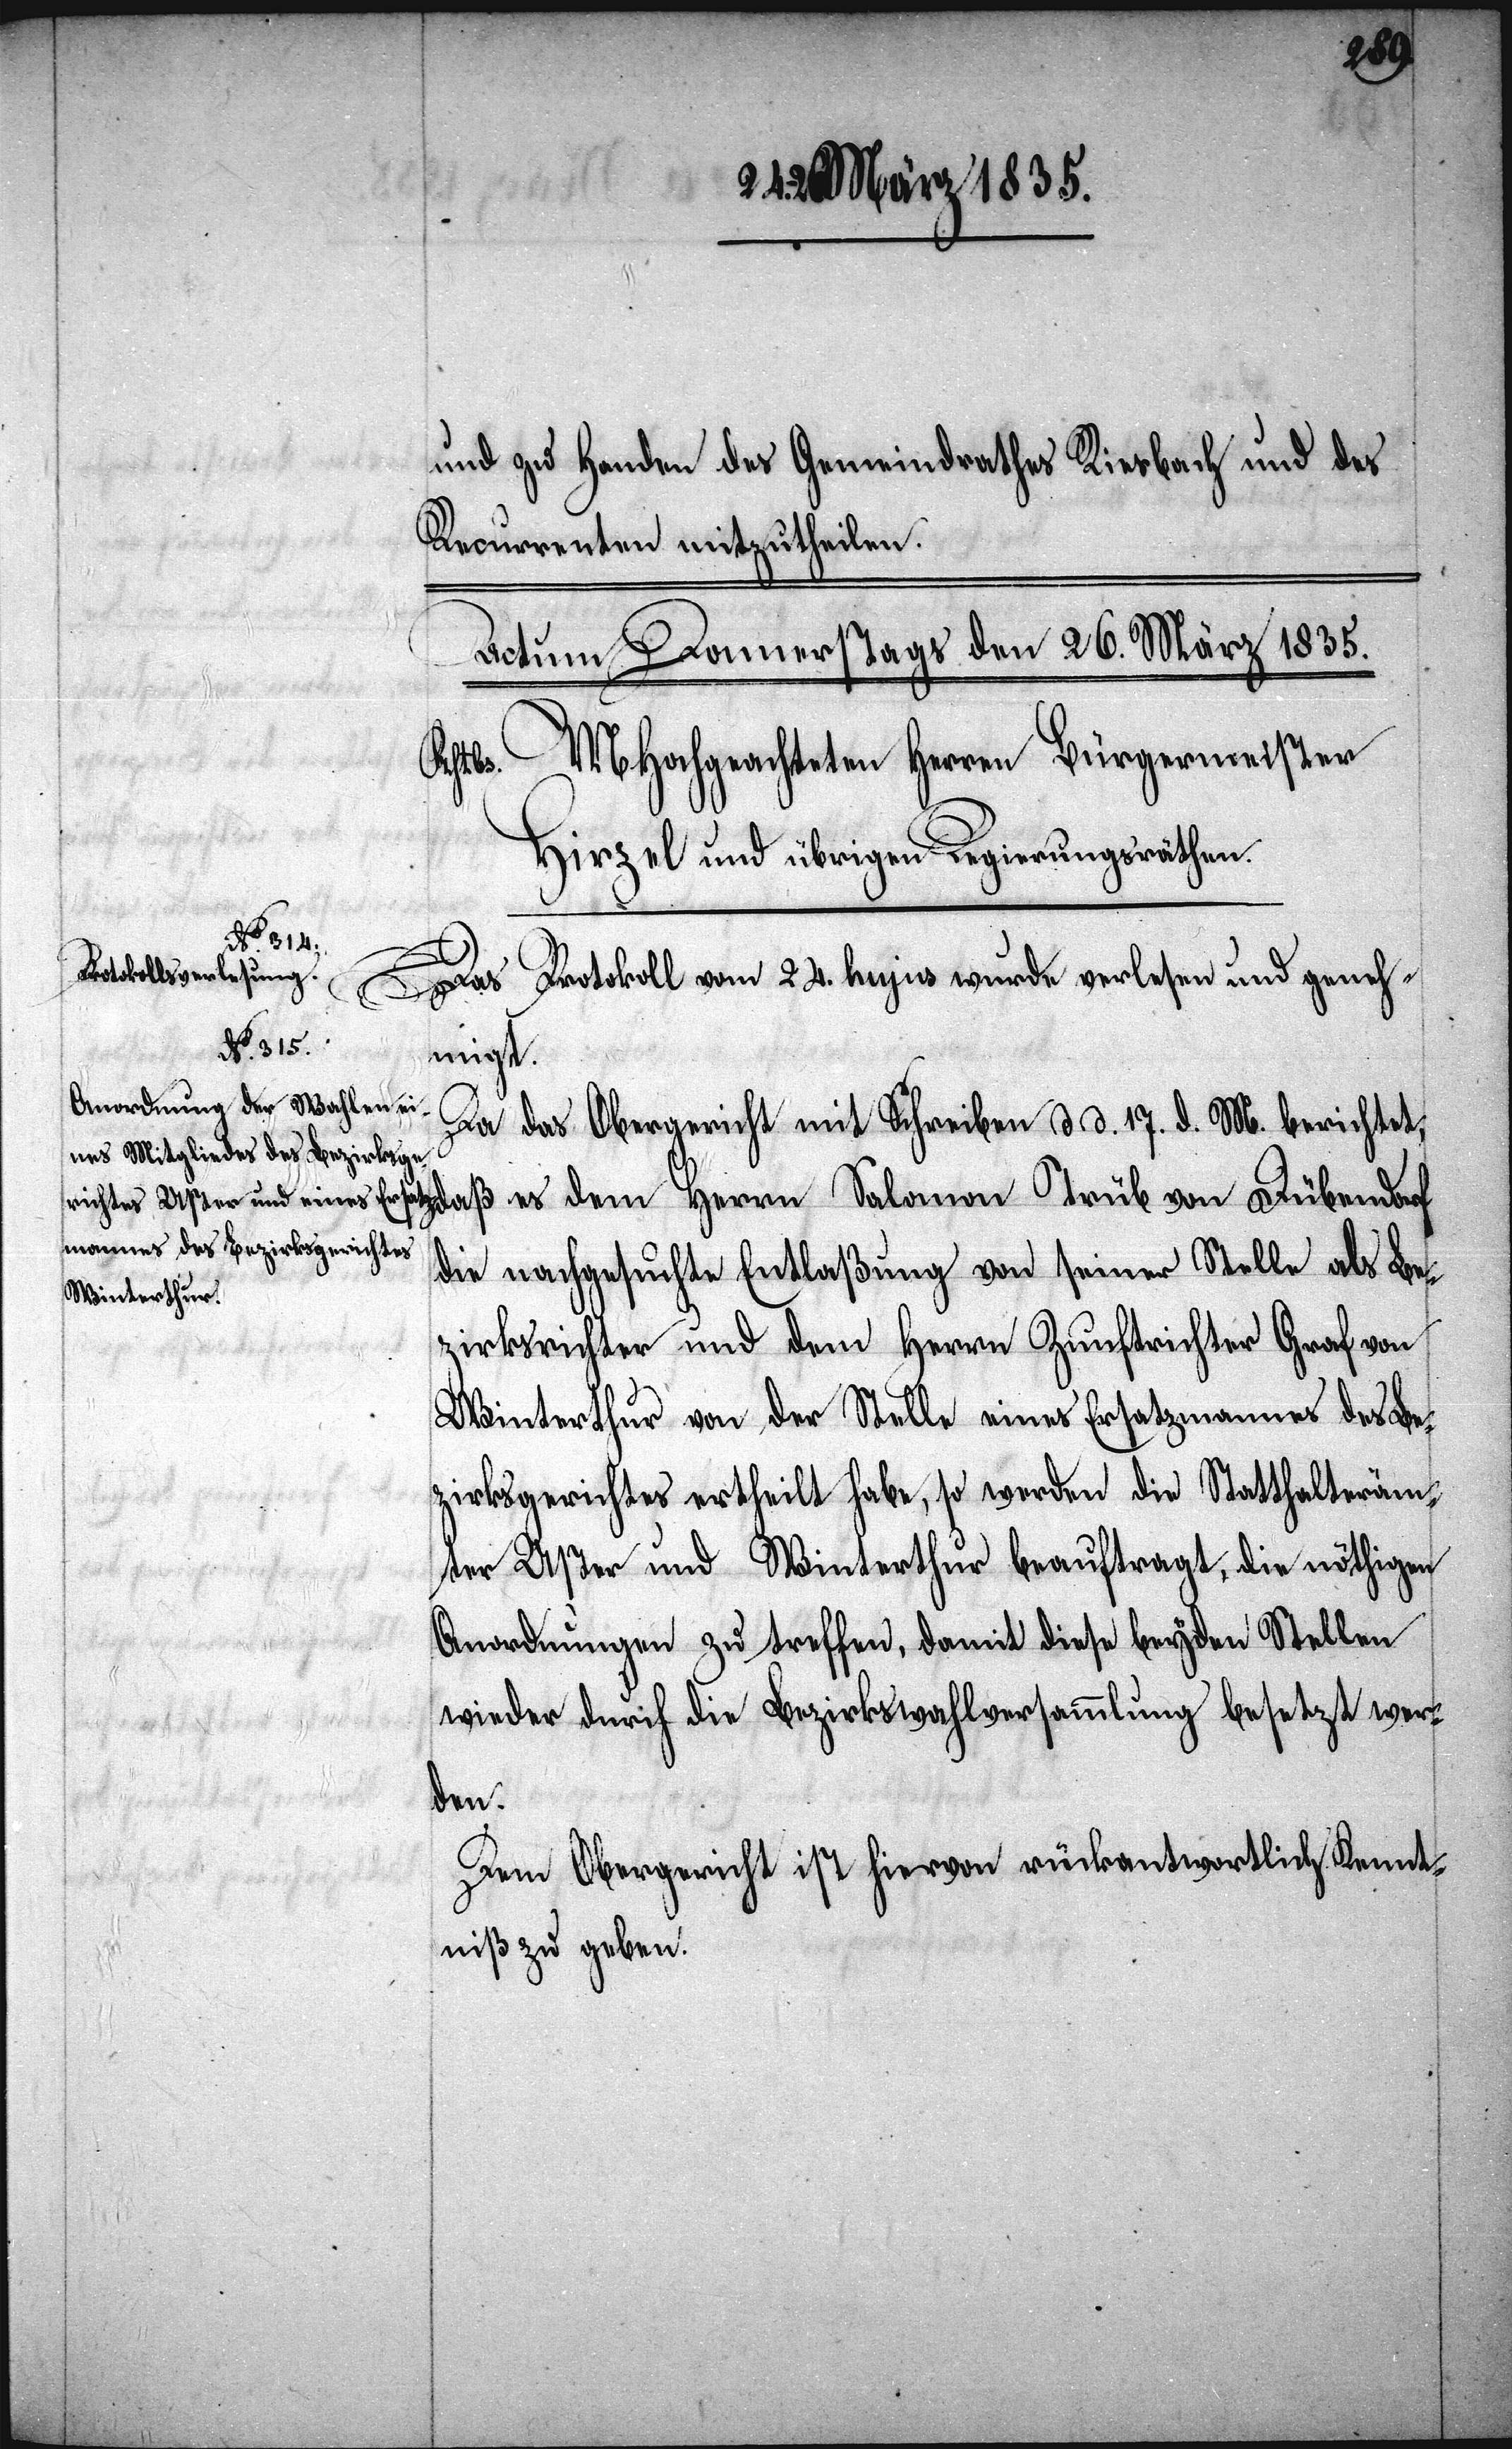
und zu Handen des Gemeindrathes Riesbach und des
Recurrenten mitzutheilen.
daß es
Das Protokoll vom 24. hujus wurde verlesen und geneh¬
migt.
Da das Obergericht mit Schreiben d. d. 17. d. M. berichtet,
die nachgesuchte Entlaßung von seiner Stelle als Be¬
zirksrichter und dem Herrn Zunftrichter Graf von
Winterthur von der Stelle eines Ersatzmannes des Be¬
zirksgerichtes ertheilt habe, so werden die Statthalteräm¬
ter Uster und Winterthur beauftragt, die nöthigen
Anordnungen zu treffen, damit diese beyden Stellen
wieder durch die Bezirkswahlversammlung besetzt wer¬
den.
Dem Obergericht ist hiervon rückantwortlich Kennt¬
niß zu geben.